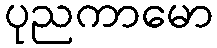
ပုညကာမော